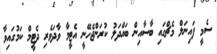
ސެމީ ފައިނަލް މެޗްގައި ބާސާއިން ބައްދަލު ކުރަންޖެހޭނީ އެޓީމާ ވާދަވެރި ދެޓީމް ކަމުގައިވާ